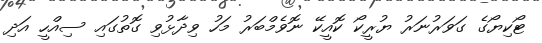
ޓޯކިޔޯގެ ގަވަރުނަރު ޔުރީކޯ ކޮއީކޭ ނޮވެމްބަރު މަހު ވިދާޅުވި ގޮތުގައި ސިއްހީ އަދި